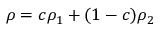
\rho = c \rho _ { 1 } + ( 1 - c ) \rho _ { 2 }